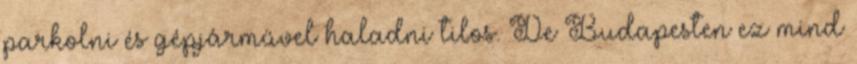
parkolni és gépjárművel haladni tilos. De Budapesten ez mind